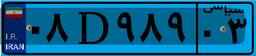
۰۸D۹۸۹۰۳